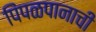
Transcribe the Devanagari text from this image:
पिंपळपानाची